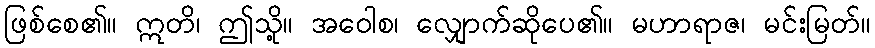
ဖြစ်စေ၏။ ဣတိ၊ ဤသို့။ အဝေါစ၊ လျှောက်ဆိုပေ၏။ မဟာရာဇ၊ မင်းမြတ်။